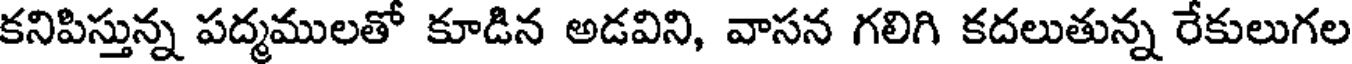
కనిపిస్తున్న పద్మములతో కూడిన అడవిని, వాసన గలిగి కదలుతున్న రేకులుగల